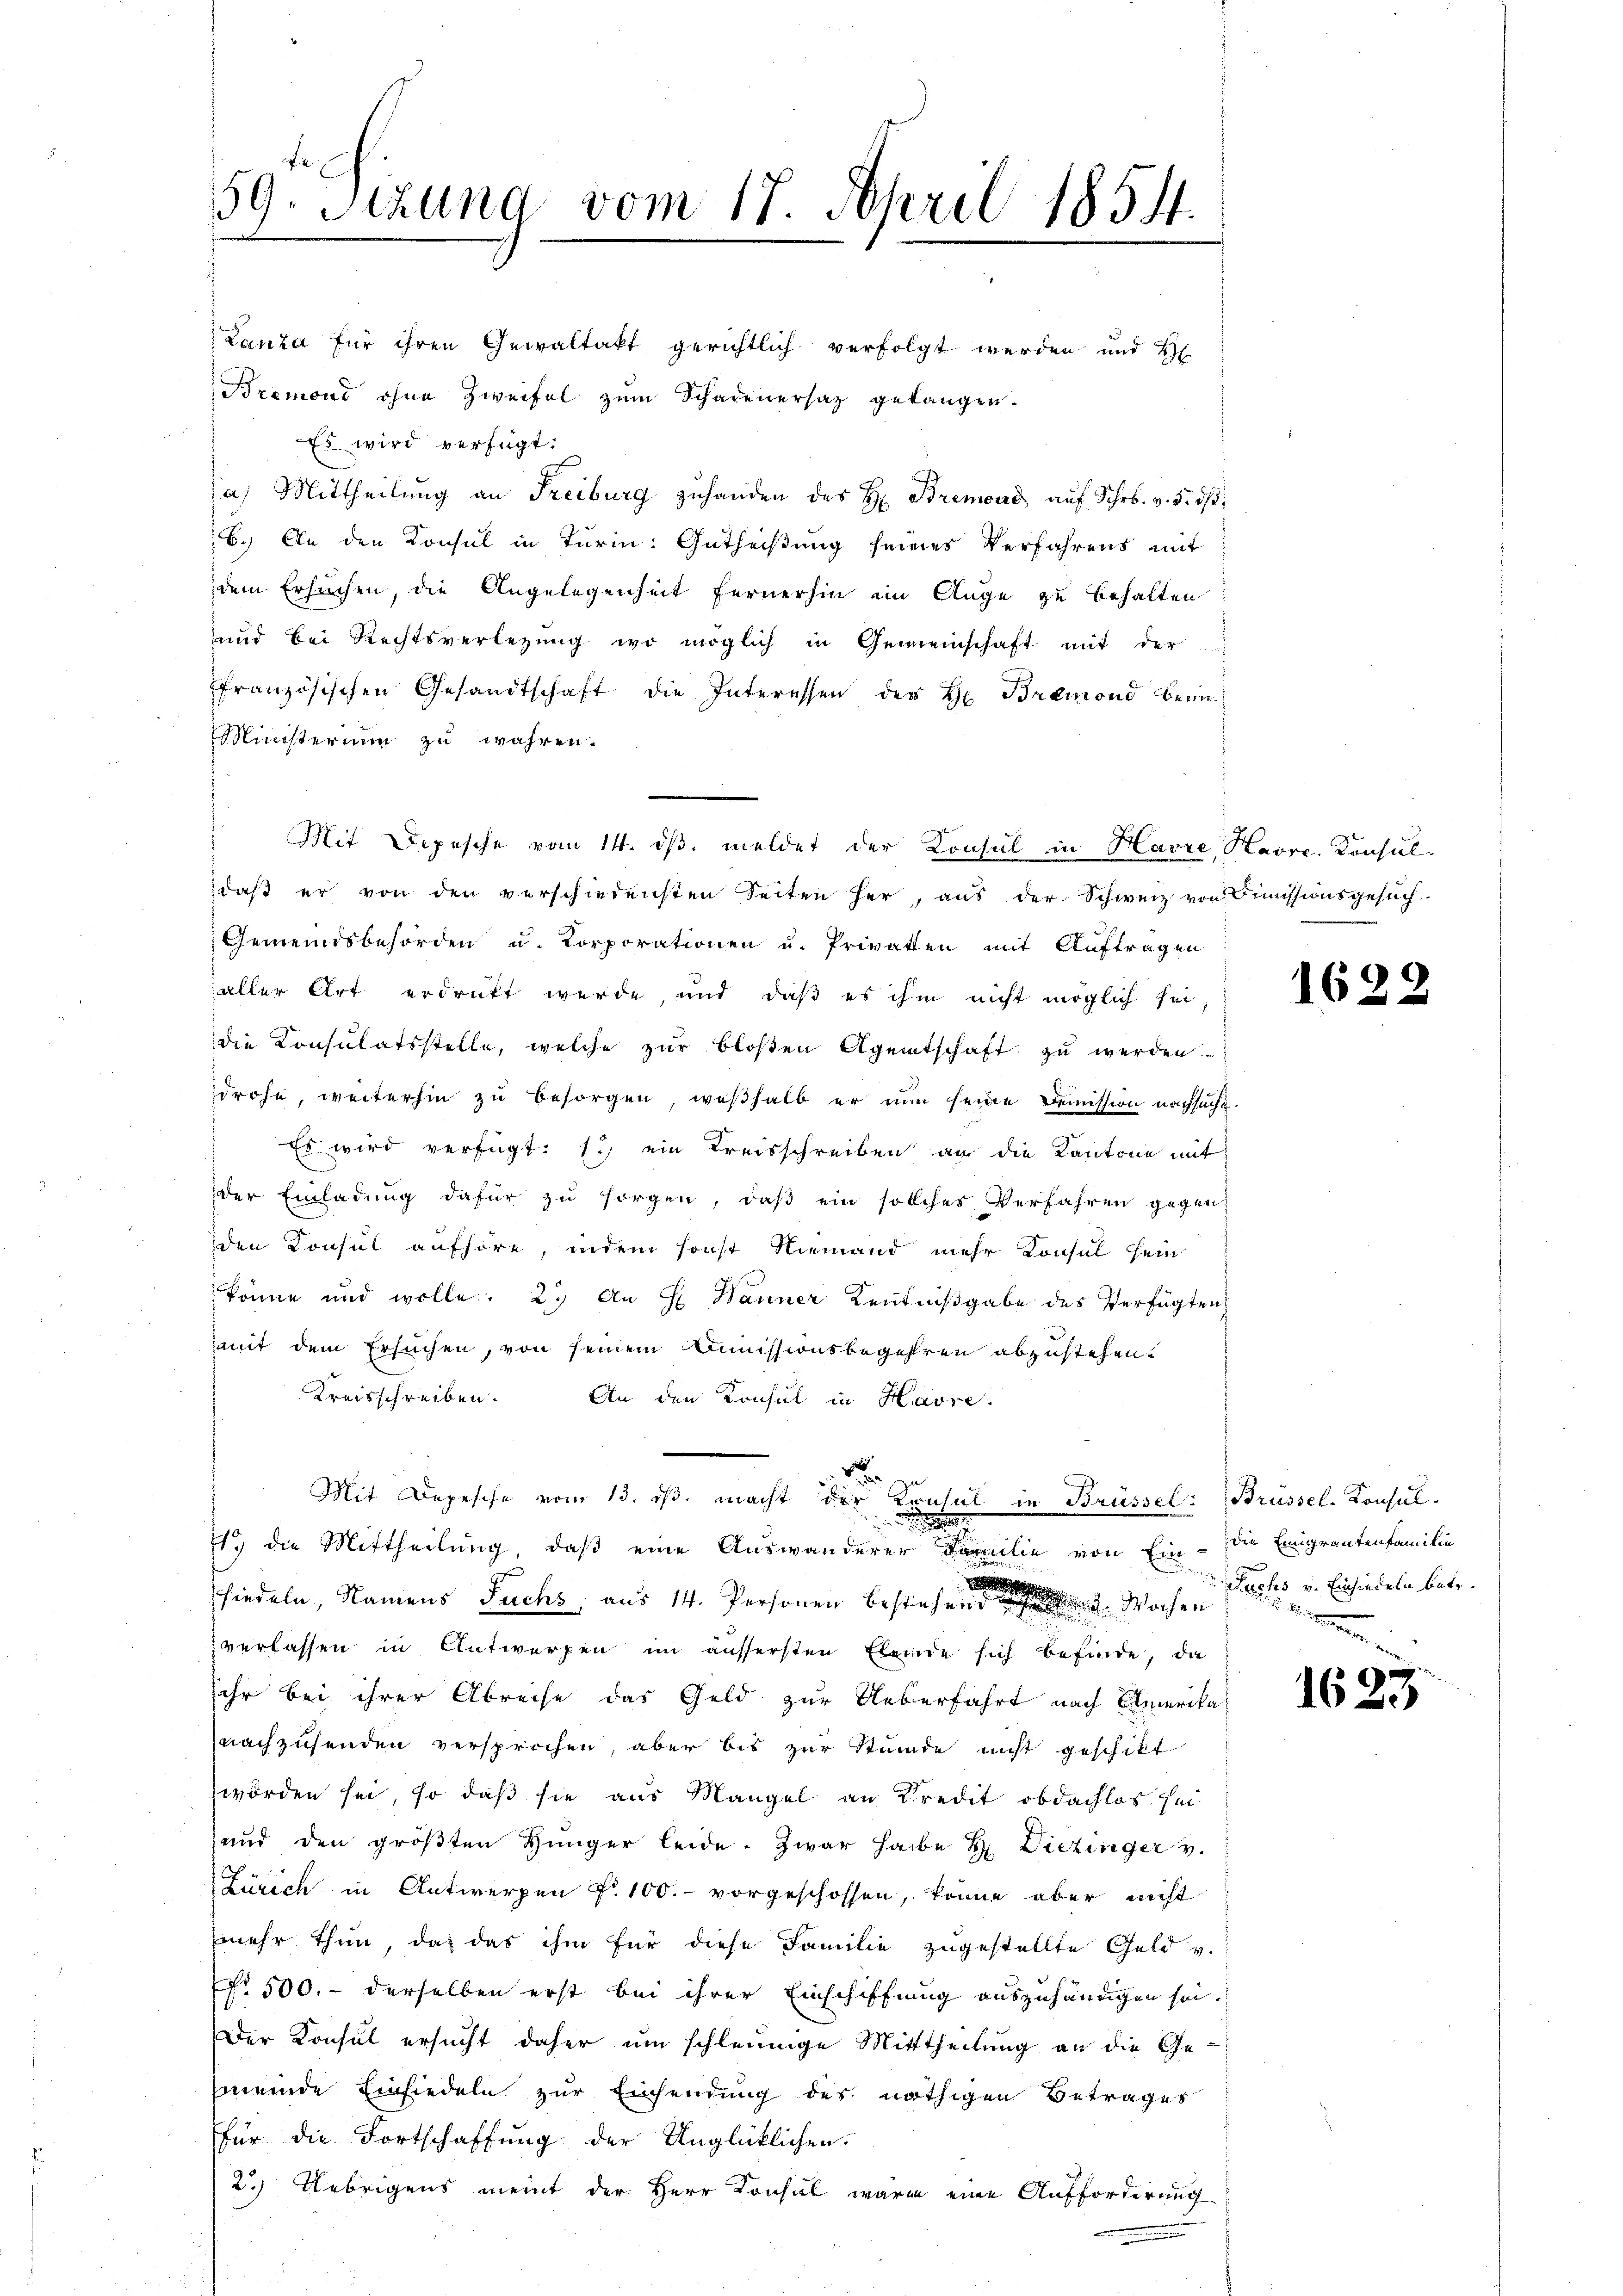
59. Sizung vom 17. April 1854.
1

Lanza für ihren Gewaltakt gerichtlich verfolgt werden und H
Bremons ohne Zweifel zum Schadenersatz gelangen.
Es wird verfügt:
a) Mittheilung an Freiburg zŭ handen des H: Bremond auf Schr. v. 5. ds.
6.) An den Konsul in Turin: Gutheißung seines Verfahrens mit
dem Ersuchen, die Angelegenheit fernerhin im Auge zu behalten
und bei Rechtsverlegung wo möglich in Gemeinschaft mit der
ffranzösischen Gesandtschaft die Interessen des H. Bremond beim
Ministerium zu währen.
Mit Depesche vom 14. dβ meldet der Konsul in Havre, Havre. Konsul-
daß er von den verschiedensten Seiten her, aus der Schweiz von Dimissionsgesuch
Gemeindsbehörden u. Korporationen u. Privatten mit Auftragen
aller Art erdrückt werde und daß es ihm nicht möglich sei,
die Konsulatsstelle, welche zur bloßen Agentschaft zu werden.
drohe, weiterhin zu besorgen, weßhalb er nun seine Demission nachsucht
Es wird verfügt: 1.) ein Kreisschreiben an die Kantone mit
der Einladung dafür zu sorgen, daß ein sollches Verfahren gegen
den Konsul aufhöre, indem sonst Niemand mehr Konsul sein
könne und wolle. 2. An H Wanner Kenntnißgabe des Verfügten,
amit dem Ersuchen, von seinem Dimissionsbegehren abzustehen.
Kreisschreiben. An den Konsul in Havre
r
Mit Depesche vom 13. ds. macht der Konsul in Brüssel: Brüssel-Konsul-
e
19 die Mittheilung, daß eine Auswanderer Familie von Ein - die Emigrantenfamilie
schiedeln, Namens Fuchs, aus 14. Personen bestehen eine Wochen
verlassen in Antworfen im äussersten Elende sich befinde, da
sihr bei ihrer Abreise das Geld zur Ueberfahrt nach Amerika
nachzusenden versprochen aber bis zur Stunde nicht geschikt
worden sei, so daß sie aus Mangel an Kredit obdachlos sei
und den größten Hünger leide. Zwar habe u. Diezinger v.
Zürich in Antwerpen f. 100.- vorgeschossen, könne aber nicht
mehr thun, das das ihm für diese Familie zugestellte Geld v.
NNo. 500.- derselben erst bei ihrer Einschiffung auszuhändigen sei.
Der Konsul ersucht daher um schleunige Mitttheilung an die Ge-
meinde Einsiedeln zur Einsendung des nöthigen Betrages
für die Fortschaffung der Unglüklichen.
2.) Uebrigens meint der Herr Konsidl waren eine Aufforderung
m

1622

Ruches v. Einsiedeln betr.

162

)